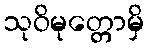
သုဝိမုတ္တောမှိ